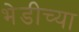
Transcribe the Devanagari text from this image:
भेडीच्या